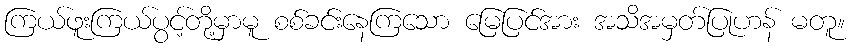
ကြယ်ဖူးကြယ်ပွင့်တို့မှာမူ စစ်ခင်းနေကြသော မြေပြင်အား အသိအမှတ်ပြုဟန် မတူ။